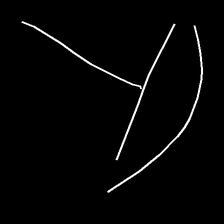
Glyph: dispersion